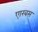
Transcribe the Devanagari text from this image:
एारबस